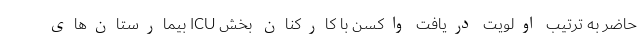
حاضر به ترتیب اولویت دریافت واکسن با کارکنان بخش ICU بیمارستان‌های